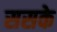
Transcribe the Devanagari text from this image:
ससके